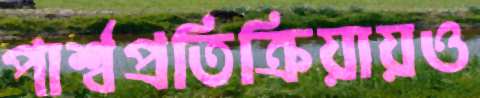
পার্শ্বপ্রতিক্রিয়ায়ও